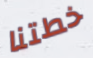
خطتنا